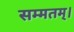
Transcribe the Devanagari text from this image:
सम्मतम्।